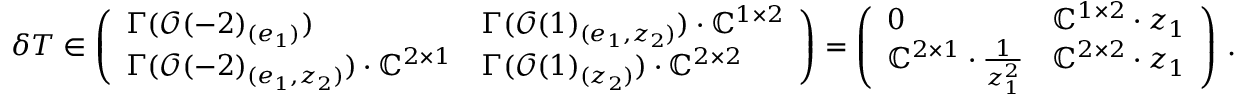
\delta T \in \left( \begin{array} { l l } { \Gamma ( \mathcal { O } ( - 2 ) _ { ( e _ { 1 } ) } ) } & { \Gamma ( \mathcal { O } ( 1 ) _ { ( e _ { 1 } , z _ { 2 } ) } ) \cdot \mathbb { C } ^ { 1 \times 2 } } \\ { \Gamma ( \mathcal { O } ( - 2 ) _ { ( e _ { 1 } , z _ { 2 } ) } ) \cdot \mathbb { C } ^ { 2 \times 1 } } & { \Gamma ( \mathcal { O } ( 1 ) _ { ( z _ { 2 } ) } ) \cdot \mathbb { C } ^ { 2 \times 2 } } \end{array} \right) = \left( \begin{array} { l l } { 0 } & { \mathbb { C } ^ { 1 \times 2 } \cdot z _ { 1 } } \\ { \mathbb { C } ^ { 2 \times 1 } \cdot \frac { 1 } { z _ { 1 } ^ { 2 } } } & { \mathbb { C } ^ { 2 \times 2 } \cdot z _ { 1 } } \end{array} \right) \, .